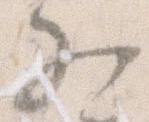
文